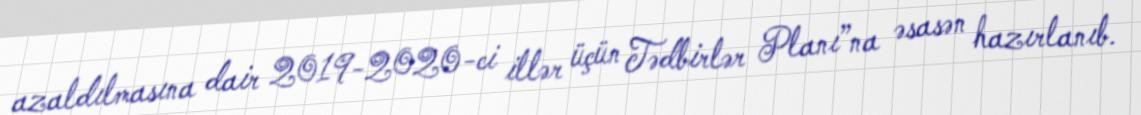
azaldılmasına dair 2019-2020-ci illər üçün Tədbirlər Planı”na əsasən hazırlanıb.